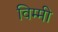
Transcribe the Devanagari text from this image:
विम्मी